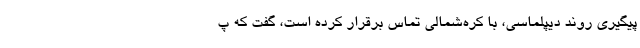
پیگیری روند دیپلماسی، با کره‌شمالی تماس برقرار کرده است، گفت که پ